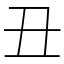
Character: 丑